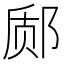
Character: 𫟬